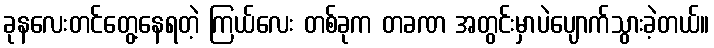
ခုနလေးတင်တွေ့နေရတဲ့ ကြယ်လေး တစ်ခုက တခဏ အတွင်းမှာပဲပျောက်သွားခဲ့တယ်။